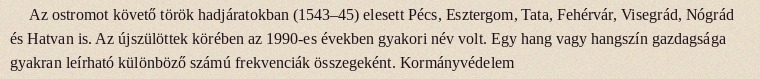
Az ostromot követő török hadjáratokban (1543–45) elesett Pécs, Esztergom, Tata, Fehérvár, Visegrád, Nógrád és Hatvan is. Az újszülöttek körében az 1990-es években gyakori név volt. Egy hang vagy hangszín gazdagsága gyakran leírható különböző számú frekvenciák összegeként. Kormányvédelem